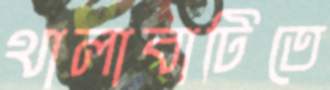
থালাবাটিতে